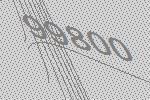
99800